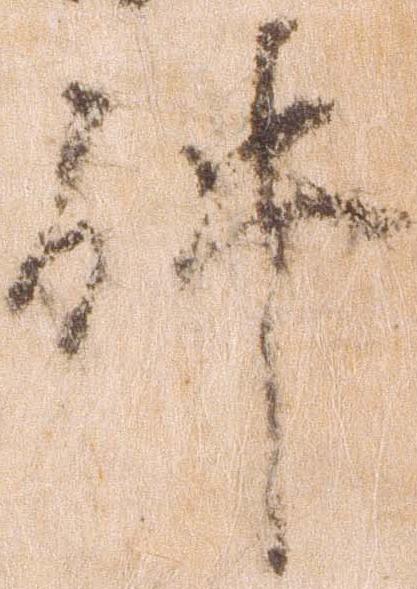
件